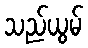
သည်ယွမ်